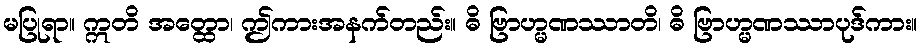
မပြုရာ။ ဣတိ အတ္ထော၊ ဤကားအနက်တည်း။ ဓိ ဗြာဟ္မဏဿာတိ၊ ဓိ ဗြာဟ္မဏဿာပုဒ်ကား။